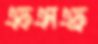
এফএনএফ্র